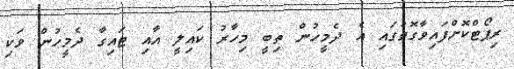
ރިޕޯޓްކޮށްފައިވާގޮތުގައި އެ ދެމީހުން ތިބީ މިހާރު ކައިލީ އާއި ޓައިގާ ދެމީހުން ވަކި